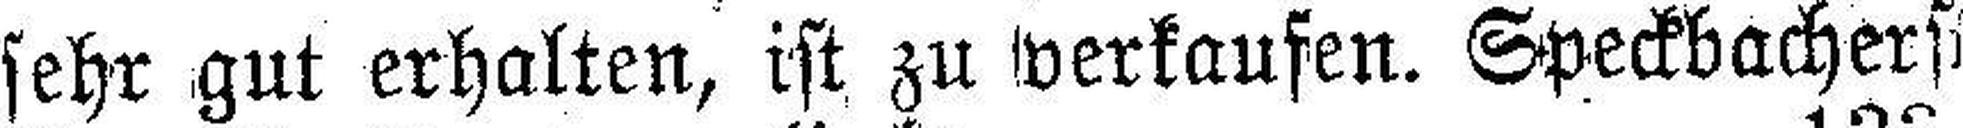
sehr gut erhalten, ist zu verkaufen. Speckbacherst